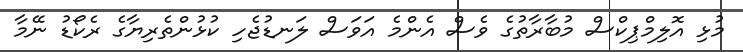
މުޅި އޮލިމްޕިކްސް މުބާރާތުގެ ވެސް އެންމެ އަވަސް ލަނޑުޖެހި ކުޅުންތެރިޔާގެ ރެކޯޑު ނޭމާ